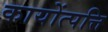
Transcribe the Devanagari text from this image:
कायोंत्पत्ति